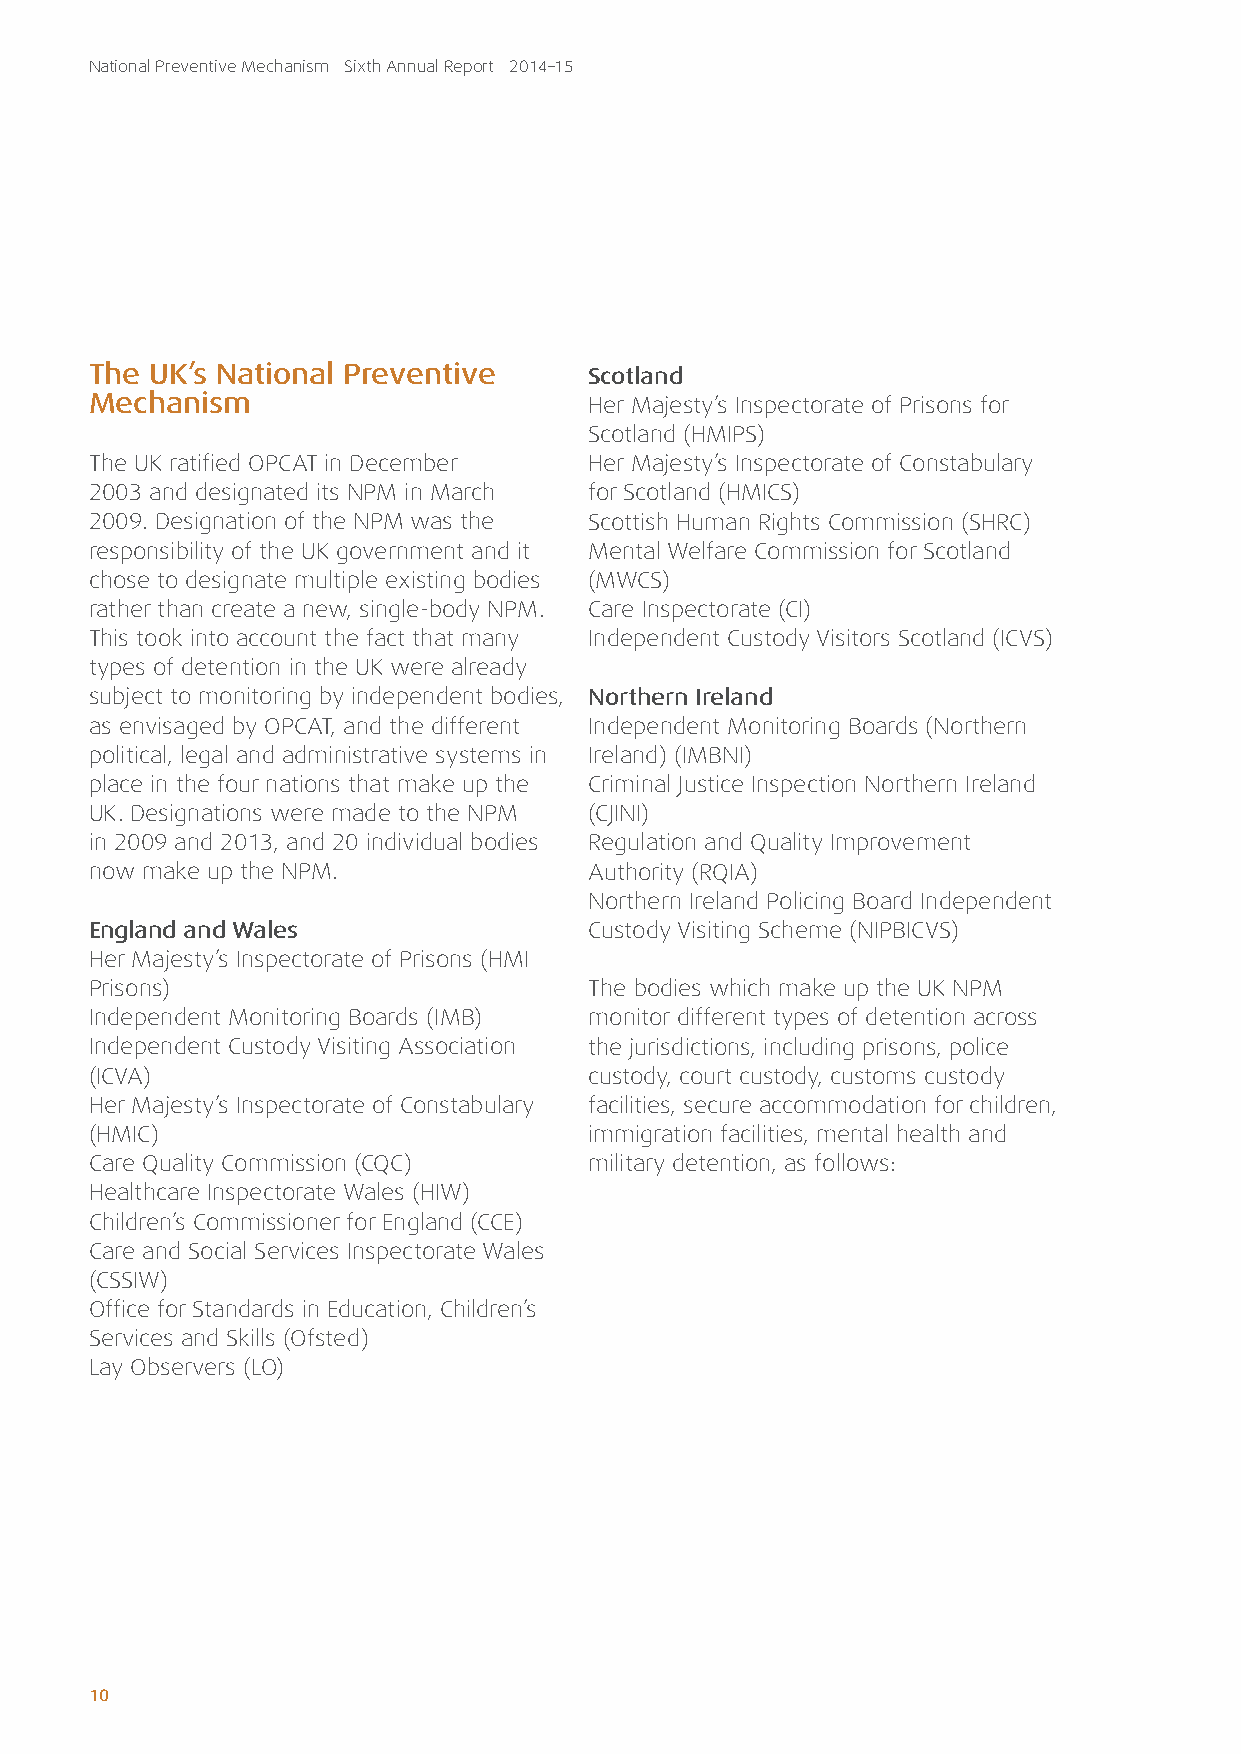
National Preventive Mechanism Sixth Annual Report 2014–15
 The UK’s National Preventive     Scotland
 Mechanism                        Her Majesty’s Inspectorate of Prisons for
 Scotland (HMIPS)
 The UK ratified OPCAT in December Her Majesty’s Inspectorate of Constabulary
 2003 and designated its NPM in March for Scotland (HMICS)
 2009. Designation of the NPM was the Scottish Human Rights Commission (SHRC)
 responsibility of the UK government and it Mental Welfare Commission for Scotland
 chose to designate multiple existing bodies (MWCS)
 rather than create a new, single-body NPM. Care Inspectorate (CI)
 This took into account the fact that many Independent Custody Visitors Scotland (ICVS)
 types of detention in the UK were already
 subject to monitoring by independent bodies, Northern Ireland
 as envisaged by OPCAT, and the different Independent Monitoring Boards (Northern
 political, legal and administrative systems in Ireland) (IMBNI)
 place in the four nations that make up the Criminal Justice Inspection Northern Ireland
 UK. Designations were made to the NPM (CJINI)
 in 2009 and 2013, and 20 individual bodies Regulation and Quality Improvement
 now make up the NPM.             Authority (RQIA)
 Northern Ireland Policing Board Independent
 England and Wales                Custody Visiting Scheme (NIPBICVS)
 Her Majesty’s Inspectorate of Prisons (HMI
 Prisons)                         The bodies which make up the UK NPM
 Independent Monitoring Boards (IMB) monitor different types of detention across
 Independent Custody Visiting Association the jurisdictions, including prisons, police
 (ICVA)                           custody, court custody, customs custody
 Her Majesty’s Inspectorate of Constabulary facilities, secure accommodation for children,
 (HMIC)                           immigration facilities, mental health and
 Care Quality Commission (CQC)    military detention, as follows:
 Healthcare Inspectorate Wales (HIW)
 Children’s Commissioner for England (CCE)
 Care and Social Services Inspectorate Wales
 (CSSIW)
 Office for Standards in Education, Children’s
 Services and Skills (Ofsted)
 Lay Observers (LO)
 10